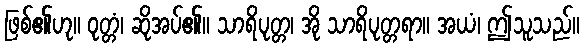
ဖြစ်၏ဟု။ ဝုတ္တံ၊ ဆိုအပ်၏။ သာရိပုတ္တ၊ အို သာရိပုတ္တရာ။ အယံ၊ ဤသူသည်။